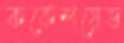
ককেশয়েড